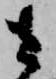
さ